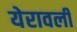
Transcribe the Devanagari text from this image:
येरावली